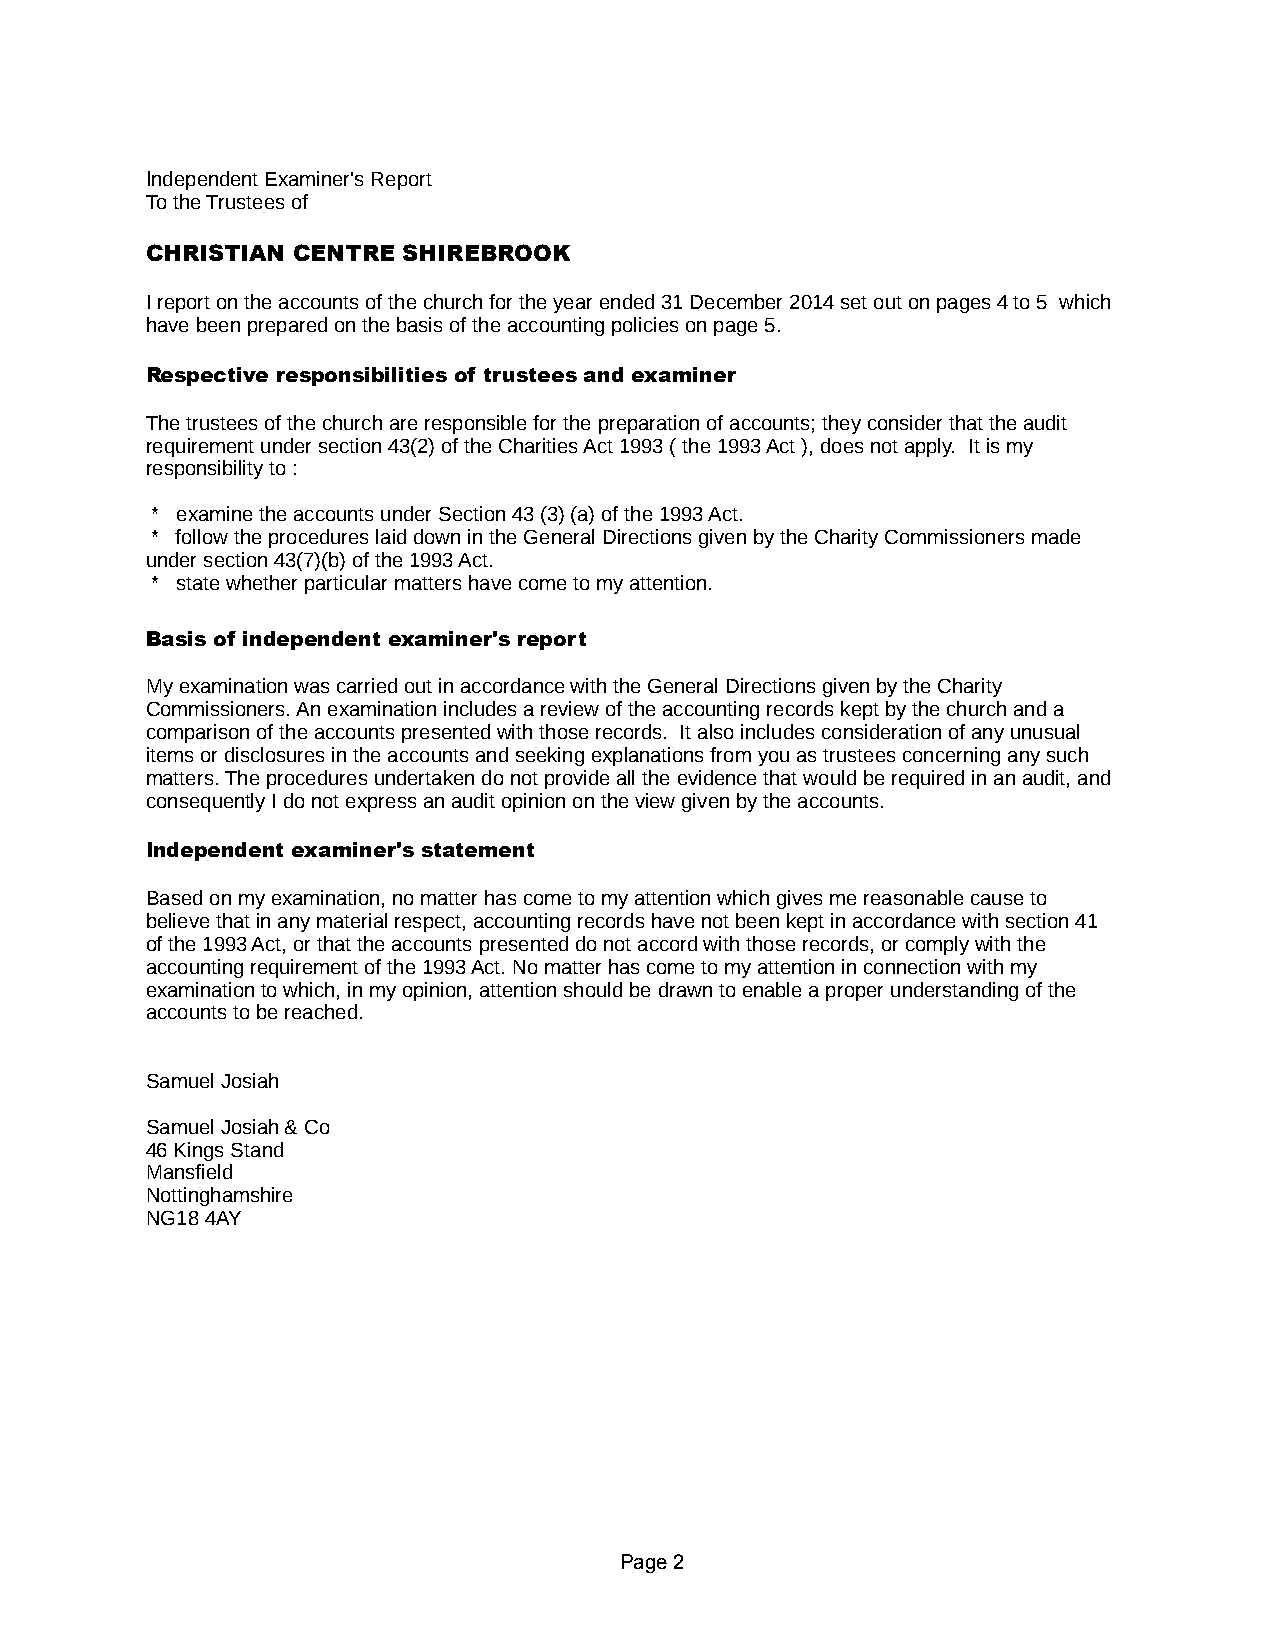
Independent Examiner's Report
 To the Trustees of
 CHRISTIAN CENTRE SHIREBROOK
 I report on the accounts of the church for the year ended 31 December 2014 set out on pages 4 to 5 which
 have been prepared on the basis of the accounting policies on page 5.
 Respective responsibilities of trustees and examiner
 The trustees of the church are responsible for the preparation of accounts; they consider that the audit
 requirement under section 43(2) of the Charities Act 1993 ( the 1993 Act ), does not apply. It is my
 responsibility to :
 * examine the accounts under Section 43 (3) (a) of the 1993 Act.
 * follow the procedures laid down in the General Directions given by the Charity Commissioners made
 under section 43(7)(b) of the 1993 Act.
 * state whether particular matters have come to my attention.
 Basis of independent examiner's report
 My examination was carried out in accordance with the General Directions given by the Charity
 Commissioners. An examination includes a review of the accounting records kept by the church and a
 comparison of the accounts presented with those records. It also includes consideration of any unusual
 items or disclosures in the accounts and seeking explanations from you as trustees concerning any such
 matters. The procedures undertaken do not provide all the evidence that would be required in an audit, and
 consequently I do not express an audit opinion on the view given by the accounts.
 Independent examiner's statement
 Based on my examination, no matter has come to my attention which gives me reasonable cause to
 believe that in any material respect, accounting records have not been kept in accordance with section 41
 of the 1993 Act, or that the accounts presented do not accord with those records, or comply with the
 accounting requirement of the 1993 Act. No matter has come to my attention in connection with my
 examination to which, in my opinion, attention should be drawn to enable a proper understanding of the
 accounts to be reached.
 Samuel Josiah
 Samuel Josiah & Co
 46 Kings Stand
 Mansfield
 Nottinghamshire
 NG18 4AY
 Page 2